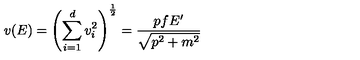
v ( E ) = \left( \sum _ { i = 1 } ^ { d } v _ { i } ^ { 2 } \right) ^ { \frac { 1 } { 2 } } = \frac { p f E ^ { \prime } } { \sqrt { p ^ { 2 } + m ^ { 2 } } }